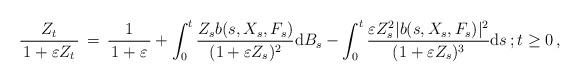
LaTeX: \begin{align*} \frac{Z_{t}}{\, 1 + \varepsilon Z_{t}\, } \, =\, \frac{1}{\, 1 + \varepsilon \, } + \int^{t}_{0} \frac{Z_{s} b(s, X_{s}, F_{s}) }{(1+\varepsilon Z_{s})^{2}} {\mathrm d} B_{s} - \int^{t}_{0} \frac{ \varepsilon Z_{s}^{2} \lvert b(s, X_{s}, F_{s}) \rvert ^{2}}{\, ( 1 + \varepsilon Z_{s})^{3}\, } {\mathrm d} s \, ; t \ge 0 \, , \end{align*}